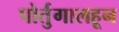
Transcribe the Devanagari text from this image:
पोर्तुगालहून